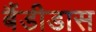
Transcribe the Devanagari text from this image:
बैंडीडास